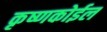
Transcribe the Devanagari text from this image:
कृष्णकोईल